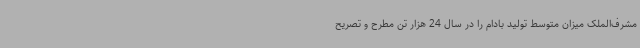
مشرف‌الملک میزان متوسط تولید بادام را در سال 24 هزار تن مطرح و تصریح